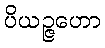
ပိယဉ္ဇဟော